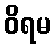
ဝိရမ